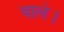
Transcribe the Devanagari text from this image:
घाले।